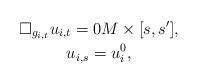
LaTeX: \begin{gather*} \Box_{g_{i,t}} u_{i,t} = 0 M\times [s,s'],\\ u_{i,s}=u^0_i,\end{gather*}